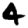
Digit: 4